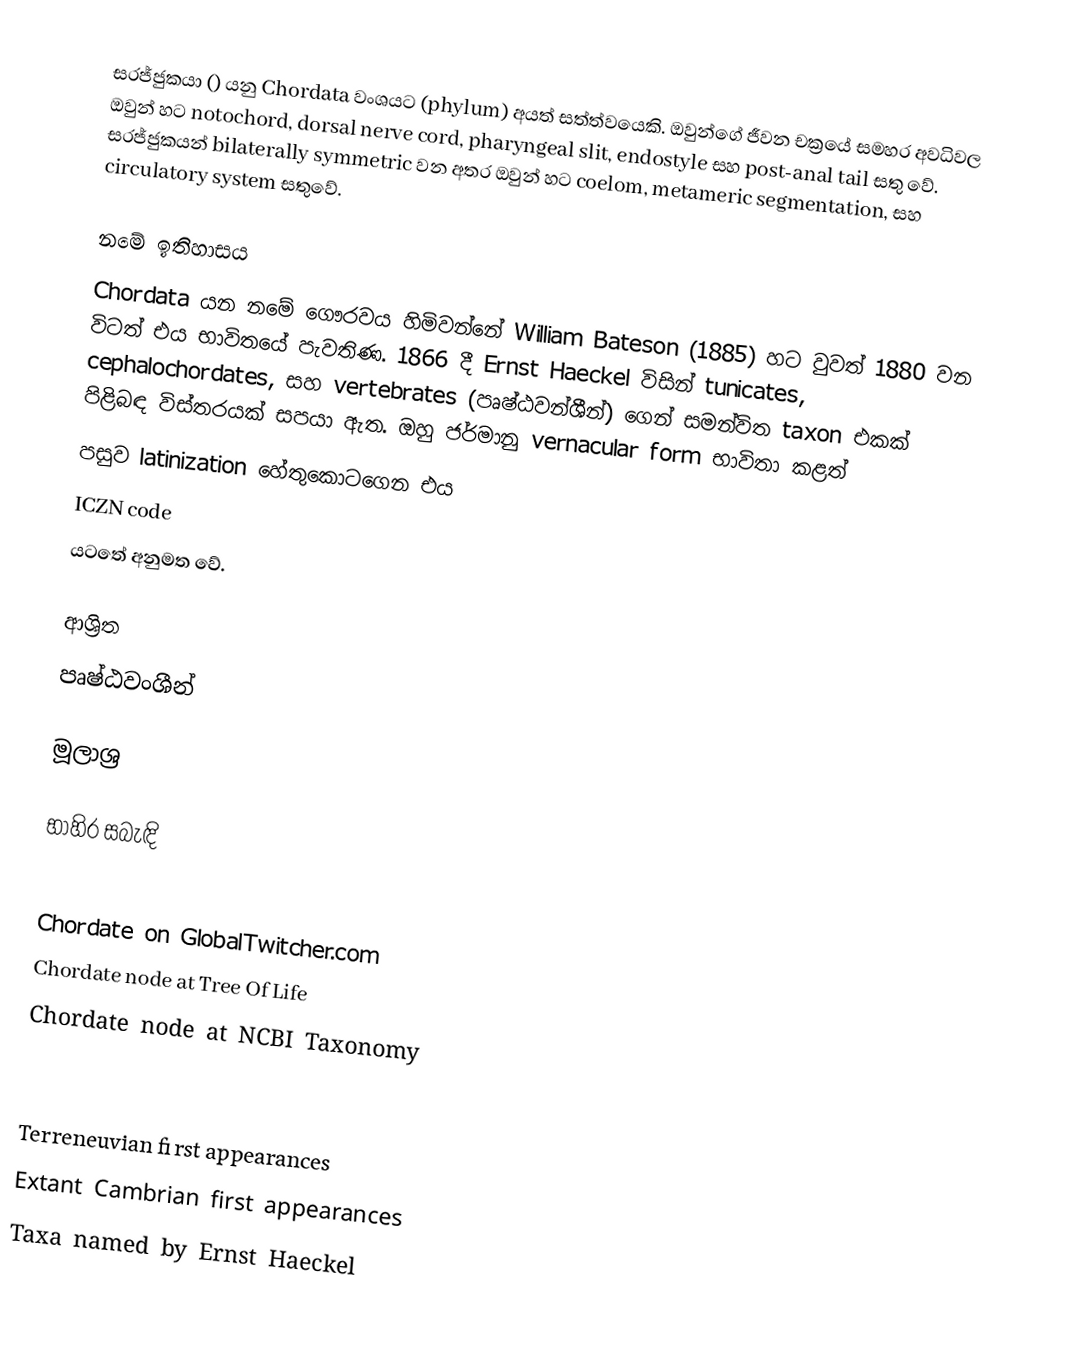
සරජ්ජුකයා () යනු Chordata වංශයට (phylum) අයත් සත්ත්වයෙකි. ඔවුන්ගේ ජීවන චක්‍රයේ සමහර අවධිවල ඔවුන් හට notochord, dorsal nerve cord, pharyngeal slit, endostyle සහ post-anal tail සතු වේ. සරජ්ජුකයන් bilaterally symmetric වන අතර ඔවුන් හට coelom, metameric segmentation, සහ circulatory system සතුවේ.

නමේ ඉතිහාසය
Chordata යන නමේ ගෞරවය හිමිවන්නේ William Bateson (1885) හට වුවත් 1880 වන විටත් එය භාවිතයේ පැවතිණ. 1866 දී Ernst Haeckel විසින් tunicates, cephalochordates, සහ vertebrates (පෘෂ්ඨවන්ශීන්) ගෙන් සමන්විත taxon එකක් පිළිබඳ විස්තරයක් සපයා ඇත. ඔහු ජර්මානු vernacular form භාවිතා කළත්
පසුව latinization හේතුකොටගෙන එය
ICZN code
යටතේ අනුමත වේ.

ආශ්‍රිත
 පෘෂ්ඨවංශීන්

මූලාශ්‍ර

භාහිර සබැඳි

 Chordate on GlobalTwitcher.com
 Chordate node at Tree Of Life
 Chordate node at NCBI Taxonomy

Terreneuvian first appearances
Extant Cambrian first appearances
Taxa named by Ernst Haeckel